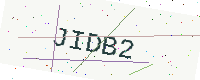
Text: JIDB2